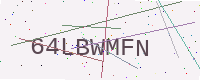
Text: 64LBWMFN